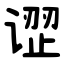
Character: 䜧